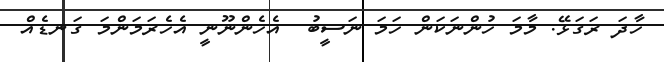
ހާދަ ރަގަޅޭ. މާމަ ހުންނަކަން ހަމަ ނަސީބު  އެހެންނޫނީ އެހެރަމަންމަ ގަނޑެއް